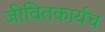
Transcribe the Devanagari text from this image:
जीवितकार्यच